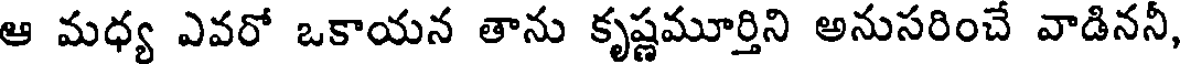
ఆ మధ్య ఎవరో ఒకాయన తాను కృష్ణమూర్తిని అనుసరించే వాడిననీ,